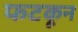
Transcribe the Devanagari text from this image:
फटकून